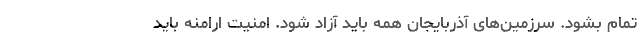
تمام بشود. سرزمین‌های آذربایجان همه باید آزاد شود. امنیت ارامنه باید